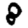
Digit: 8